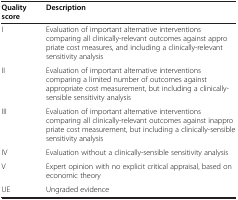
| Quality score | Description |
 | --- | --- |
 | I | Evaluation of important alternative interventions comparing all clinically-relevant outcomes against appropriate cost measures, and including a clinically-relevant sensitivity analysis |
 | II | Evaluation of important alternative interventions comparing a limited number of outcomes against appropriate cost measurement, but including a clinically-sensible sensitivity analysis |
 | III | Evaluation of important alternative interventions comparing all clinically-relevant outcomes against inappropriate cost measurement, but including a clinically-sensible sensitivity analysis |
 | IV | Evaluation without a clinically-sensible sensitivity analysis |
 | V | Expert opinion with no explicit critical appraisal, based on economic theory |
 | UE | Ungraded evidence |